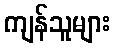
ကျန်သူများ